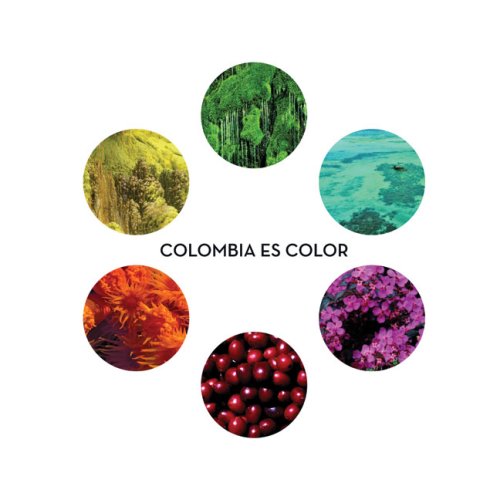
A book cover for Colombia es color (Spanish Edition); Benjamin Villegas; Travel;